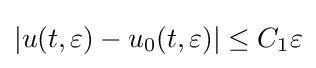
\left|u(t,\varepsilon )-u_{0}(t,\varepsilon )\right|\leq C_{1}\varepsilon